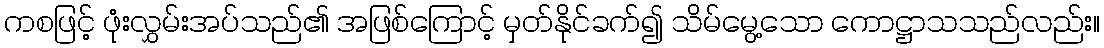
ကစဖြင့် ဖုံးလွှမ်းအပ်သည်၏ အဖြစ်ကြောင့် မှတ်နိုင်ခက်၍ သိမ်မွေ့သော ကောဋ္ဌာသသည်လည်း။